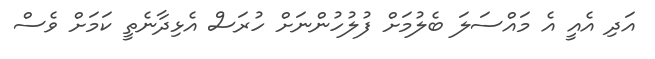
އަދި އެއީ އެ މައްސަލަ ބެލުމަށް ފުލުހުންނަށް ހުރަސް އެޅިދާނެތީ ކަމަށް ވެސް